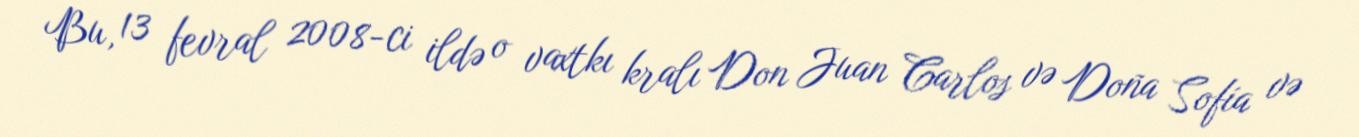
Bu, 13 fevral 2008-ci ildə o vaxtkı kralı Don Juan Carlos və Doña Sofía və